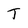
Character: T